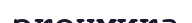
эконмика